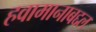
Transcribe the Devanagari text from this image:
हवामानाबद्दल